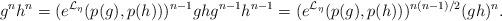
LaTeX: \begin{align*}g^nh^n=(e^{\mathcal{L}_\eta}(p(g),p(h)))^{n-1}ghg^{n-1}h^{n-1}=(e^{\mathcal{L}_\eta}(p(g),p(h)))^{n(n-1)/2}(gh)^n.\end{align*}